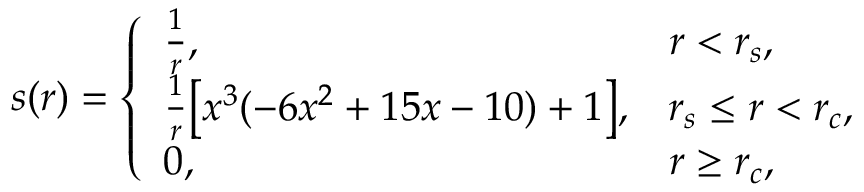
s ( r ) = \left\{ \begin{array} { l l } { \frac { 1 } { r } , } & { r < r _ { s } , } \\ { \frac { 1 } { r } \big [ x ^ { 3 } ( - 6 x ^ { 2 } + 1 5 x - 1 0 ) + 1 \big ] , } & { r _ { s } \leq r < r _ { c } , } \\ { 0 , } & { r \geq r _ { c } , } \end{array} \right.